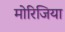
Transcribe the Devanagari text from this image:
मोरिजिया